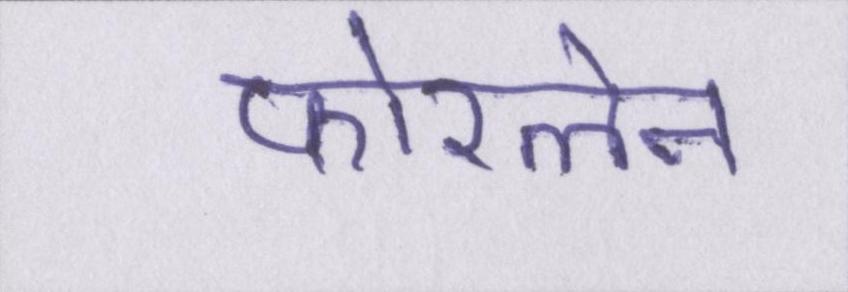
फोरलेन